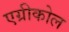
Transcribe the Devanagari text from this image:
एग्रीकोल